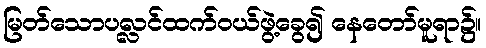
မြတ်သောပလ္လင်ထက်ဝယ်ဖွဲ့ခွေ၍ နေတော်မူရာ၌။